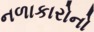
નળાકારોનો